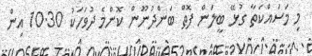
މި މަސައްކަތާ ގުޅޭ ބީލަން ފޮތް ބަންދުނޫން ކޮންމެ ދުވަހަކު 10.30 އިން